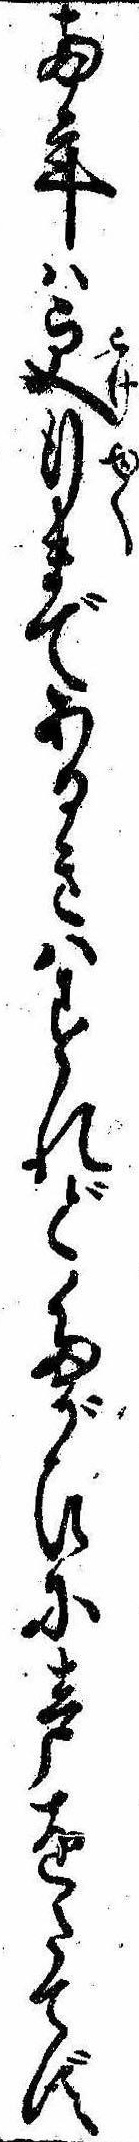
両年は更行まであるきはすれどたがひに声をたてず